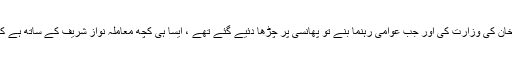
مادرملت بھی غدار ٹھہری تھیں،ذوالفقار علی بھٹو مرحوم نے آٹھ برس تک ایوب خان کی وزارت کی اور جب عوامی رہنما بنے تو پھانسی پر چڑھا دئیے گئے تھے ، ایسا ہی کچھ معاملہ نواز شریف کے ساتھ ہے کہ وہ ترانوے میں ہی ڈکٹیشن نہیں لوں گا کا نعرہ لگا کر ناقابل قبول ہو گئے تھے ۔